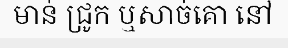
មាន់ ជ្រូក ឬសាច់គោ នៅ